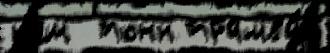
н'ем  тонн трамва́й